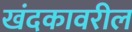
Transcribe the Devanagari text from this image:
खंदकावरील